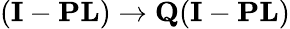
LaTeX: ({\mathbf I}-{\mathbf P}{\mathbf L})\rightarrow{\mathbf Q}({\mathbf I}-{\mathbf P}{\mathbf L})